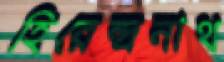
হিরেন্দ্রনাথ